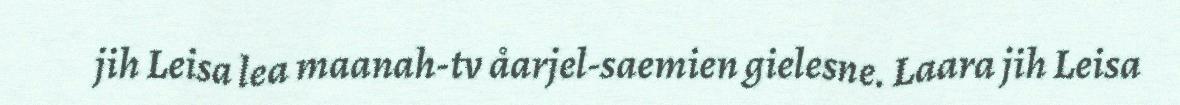
jih Leisa lea maanah-tv åarjel-saemien gielesne. Laara jih Leisa